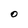
Character: O